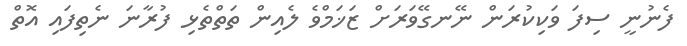
ފެނުނީ ސިފަ ވަކިކުރަން ނޭނގޭވަރަށް ޒަޚަމްވެ ލެއިން ތަތްތެޅި ފުރާނަ ނެތިފައި އޮތް